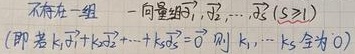
不存在一组向量组 $\vec{\alpha}_1,\vec{\alpha}_2,\cdots,\vec{\alpha}_s(s\geq1)$ 满足：若 $k_1\vec{\alpha}_1 + k_2\vec{\alpha}_2+\cdots + k_s\vec{\alpha}_s=\vec{0}$，则 $k_1,\cdots,k_s$ 全为 $0$。